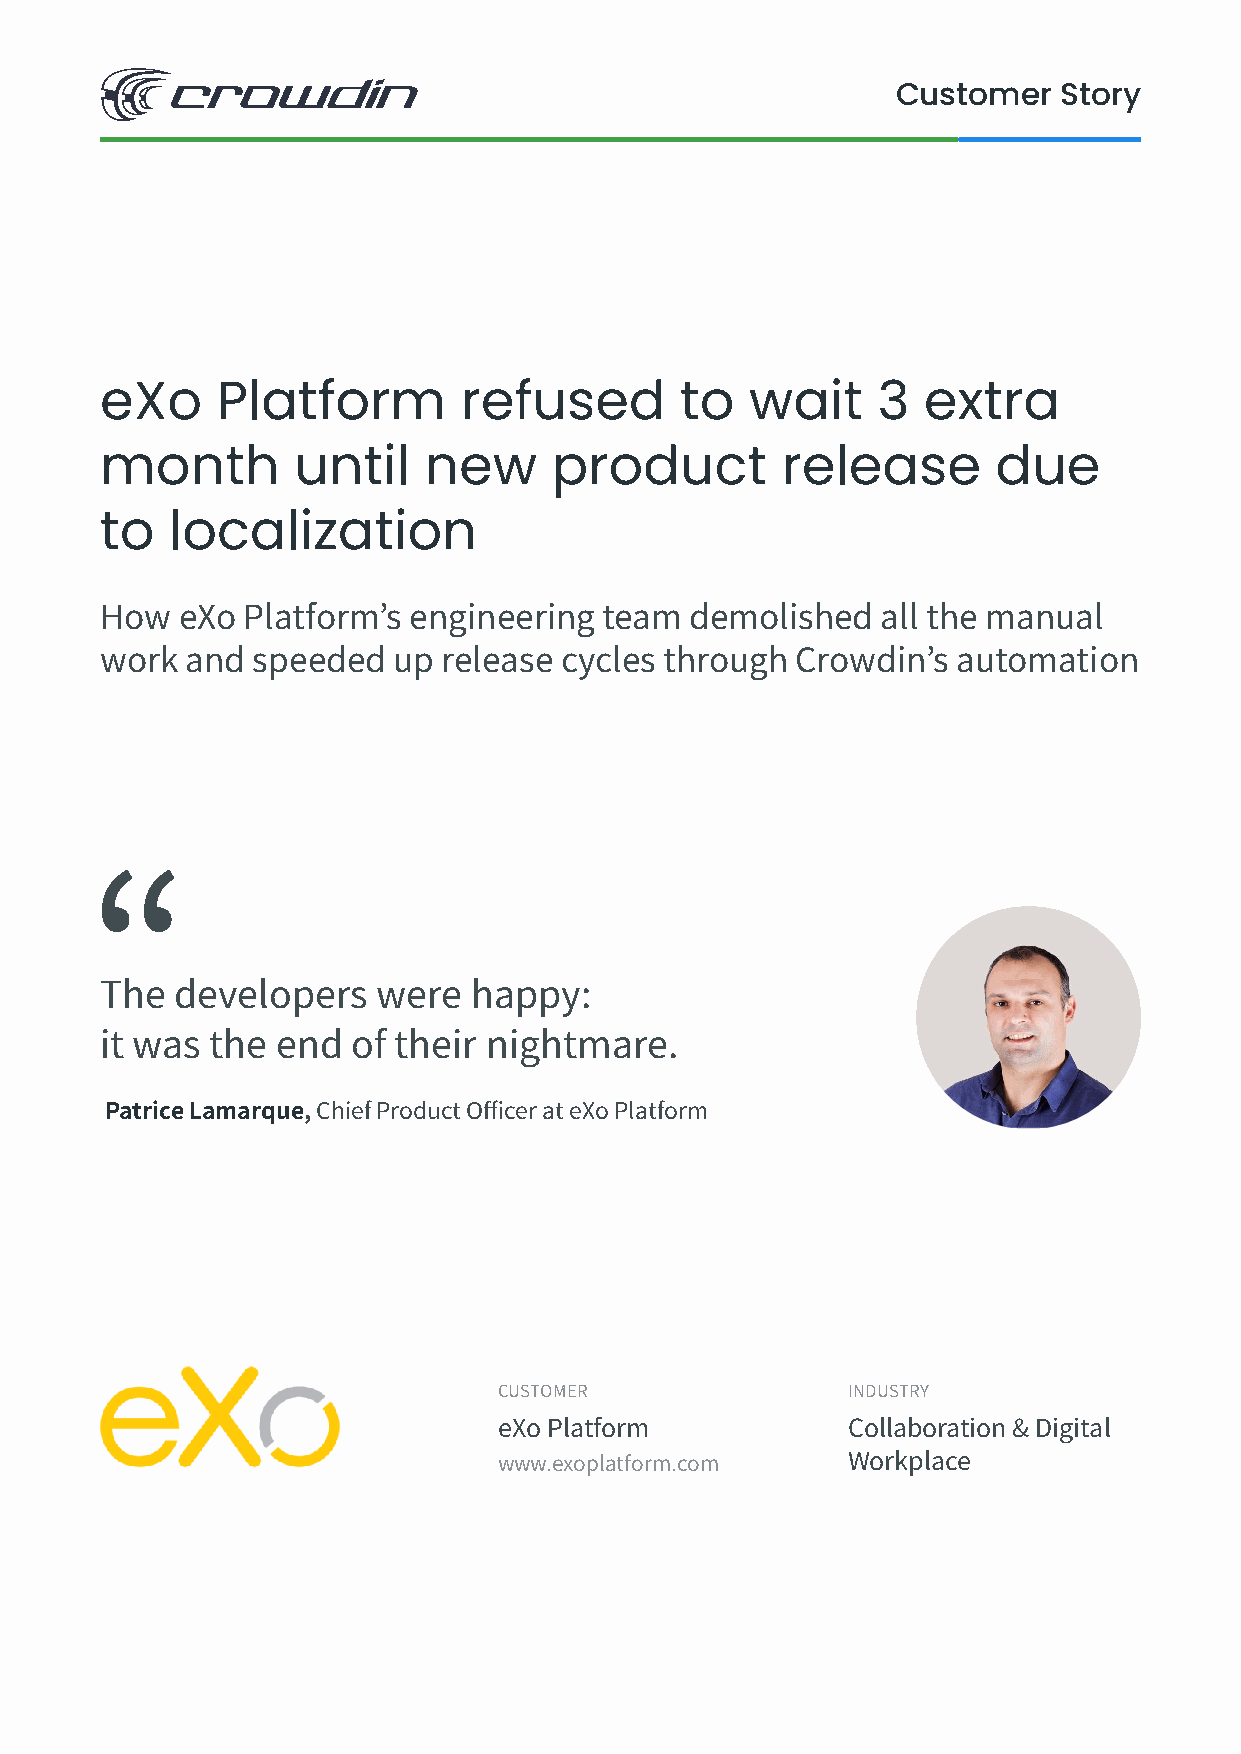
Customer   Story
 eXo    Platform        refused        to   wait    3  extra
 month       until    new     product         release       due
 to  localization
 How  eXo Platform’s engineering  team  demolished  all the manual
 work and  speeded  up release cycles through  Crowdin’s automation
 The  developers   were  happy:
 it was the end  of their nightmare.
 Patrice Lamarque, Chief Product Officer at eXo Platform
 CUSTOMER               INDUSTRY
 eXo Platform           Collaboration & Digital
 www.exoplatform.com    Workplace